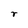
Character: r